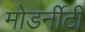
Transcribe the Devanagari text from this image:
मोडर्नीटी